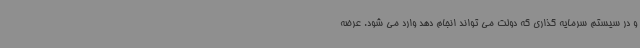
و در سیستم سرمایه گذاری که دولت می تواند انجام دهد وارد می شود. عرضه